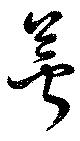
蕚